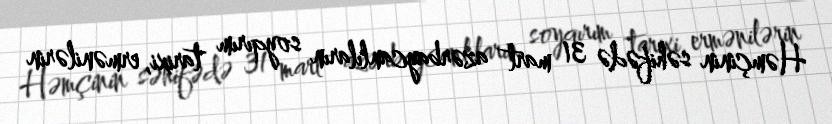
Həmçinin səhifədə 31 mart azərbaycanlıların soyqırım tarixi, ermənilərin